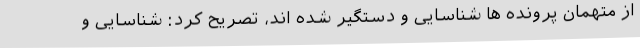
از متهمان پرونده ها شناسایی و دستگیر شده اند، تصریح کرد: شناسایی و